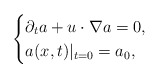
\begin{align*}\begin{cases}\partial_{t}a+u\cdot\nabla a=0,\\a(x,t)|_{t=0}=a_{0},\end{cases}\end{align*}